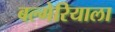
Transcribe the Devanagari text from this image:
बल्गेरियाला